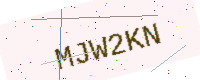
Text: MJW2KN